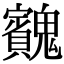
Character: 𩴱